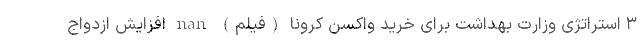
۳ استراتژی وزارت بهداشت برای خرید واکسن کرونا (فیلم) nan افزایش ازدواج